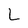
Character: L